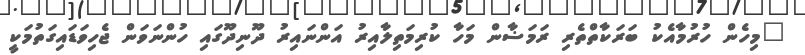
"މިހެން ހުރުމާއެކު ބަރަކާތްތެރި ރަމަޟާން މަހާ ކުރިމަތިލާއިރު އަންނައިރު ދޫނިދޫގައި ހުންނަވަން ޖެހިވަޑައިގަތުމަކީ